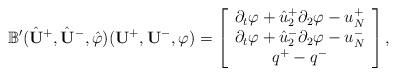
LaTeX: \begin{align*}\mathbb{B}'(\hat{{\mathbf U}}^{+},\hat{{\mathbf U}}^{-},\hat{\varphi})({\mathbf U}^{+},{\mathbf U}^{-},\varphi)=\left[\begin{array}{c}\partial_t\varphi+\hat{u}^+_2\partial_2\varphi-u^+_N\\\partial_t\varphi+\hat{u}^-_2\partial_2\varphi-u^-_N\\q^+-q^-\end{array}\right],\end{align*}